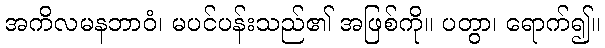
အကိလမနဘာဝံ၊ မပင်ပန်းသည်၏ အဖြစ်ကို။ ပတွာ၊ ရောက်၍။